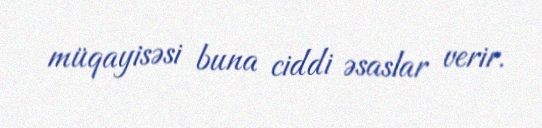
müqayisəsi buna ciddi əsaslar verir.